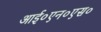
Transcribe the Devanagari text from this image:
आई०एन०एस०